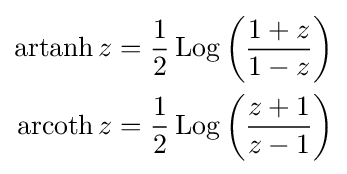
{\begin{aligned}\operatorname {artanh} z&={\frac {1}{2}}\operatorname {Log} \left({\frac {1+z}{1-z}}\right)\\\operatorname {arcoth} z&={\frac {1}{2}}\operatorname {Log} \left({\frac {z+1}{z-1}}\right)\end{aligned}}